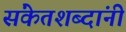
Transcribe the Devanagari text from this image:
संकेतशब्दांनी